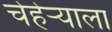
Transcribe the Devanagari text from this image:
चेहेर्‍याला